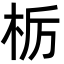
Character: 栃